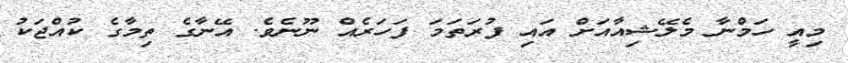
މިއީ ހަމްނާ މެލޭޝިއާއަށް އައި ފުރަތަމަ ފަހަރެއް ނޫނެވެ. އޭނާގެ ތިމާގެ ކުއްޖަކު